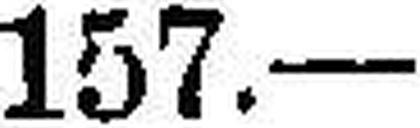
157.—